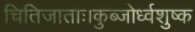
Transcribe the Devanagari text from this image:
चितिजाताः।कुब्जोर्ध्वशुष्क